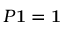
P \mathbf { 1 } = \mathbf { 1 }